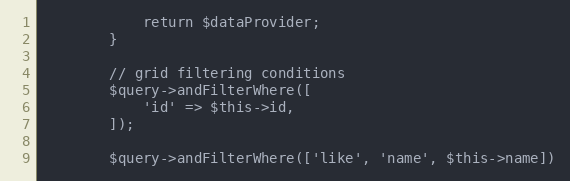
Language: PHP
            return $dataProvider;
        }

        // grid filtering conditions
        $query->andFilterWhere([
            'id' => $this->id,
        ]);

        $query->andFilterWhere(['like', 'name', $this->name])